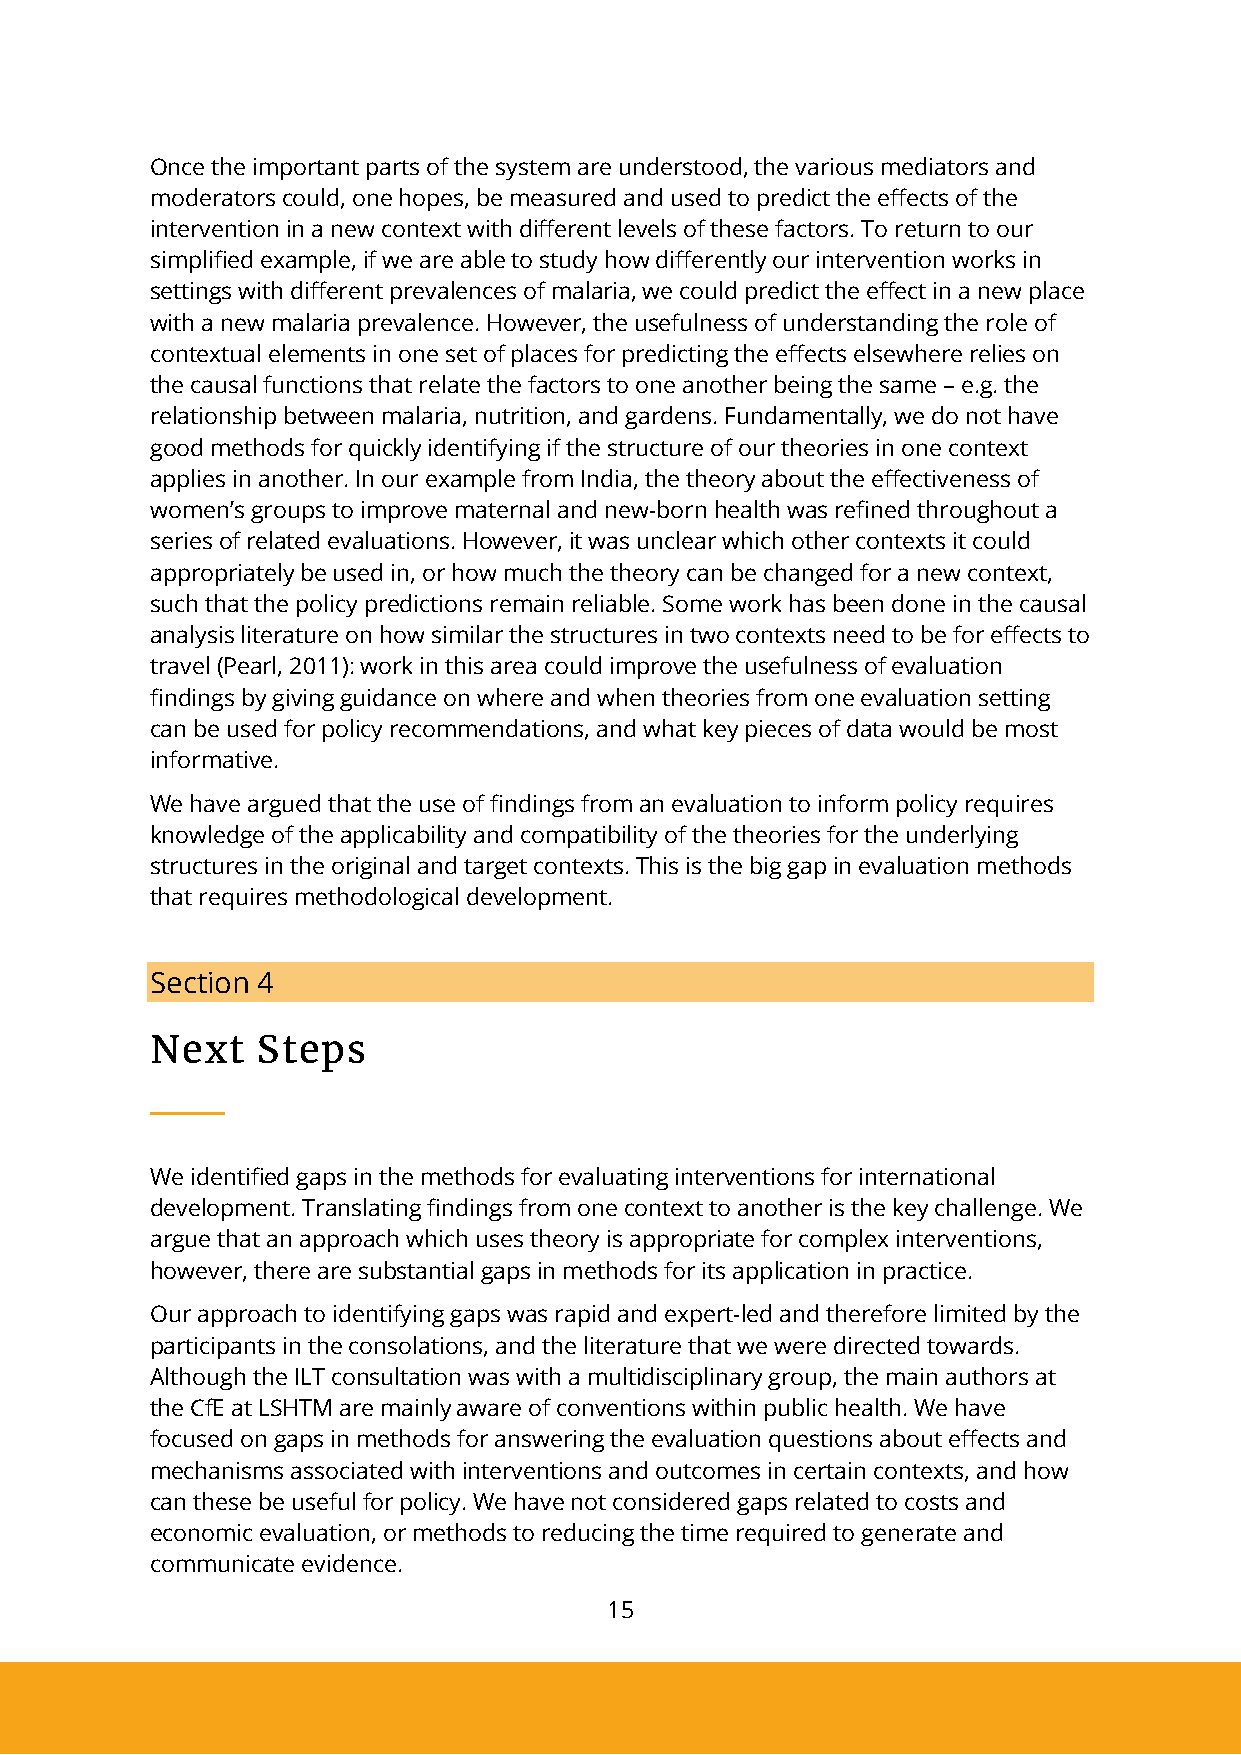
Once the important parts of the system are understood, the various mediators and
 moderators could, one hopes, be measured and used to predict the effects of the
 intervention in a new context with different levels of these factors. To return to our
 simplified example, if we are able to study how differently our intervention works in
 settings with different prevalences of malaria, we could predict the effect in a new place
 with a new malaria prevalence. However, the usefulness of understanding the role of
 contextual elements in one set of places for predicting the effects elsewhere relies on
 the causal functions that relate the factors to one another being the same – e.g. the
 relationship between malaria, nutrition, and gardens. Fundamentally, we do not have
 good methods for quickly identifying if the structure of our theories in one context
 applies in another. In our example from India, the theory about the effectiveness of
 women’s groups to improve maternal and new-born health was refined throughout a
 series of related evaluations. However, it was unclear which other contexts it could
 appropriately be used in, or how much the theory can be changed for a new context,
 such that the policy predictions remain reliable. Some work has been done in the causal
 analysis literature on how similar the structures in two contexts need to be for effects to
 travel (Pearl, 2011): work in this area could improve the usefulness of evaluation
 findings by giving guidance on where and when theories from one evaluation setting
 can be used for policy recommendations, and what key pieces of data would be most
 informative.
 We have argued that the use of findings from an evaluation to inform policy requires
 knowledge of the applicability and compatibility of the theories for the underlying
 structures in the original and target contexts. This is the big gap in evaluation methods
 that requires methodological development.
 Section 4
 Next   Steps
 We identified gaps in the methods for evaluating interventions for international
 development. Translating findings from one context to another is the key challenge. We
 argue that an approach which uses theory is appropriate for complex interventions,
 however, there are substantial gaps in methods for its application in practice.
 Our approach to identifying gaps was rapid and expert-led and therefore limited by the
 participants in the consolations, and the literature that we were directed towards.
 Although the ILT consultation was with a multidisciplinary group, the main authors at
 the CfE at LSHTM are mainly aware of conventions within public health. We have
 focused on gaps in methods for answering the evaluation questions about effects and
 mechanisms associated with interventions and outcomes in certain contexts, and how
 can these be useful for policy. We have not considered gaps related to costs and
 economic evaluation, or methods to reducing the time required to generate and
 communicate evidence.
 15